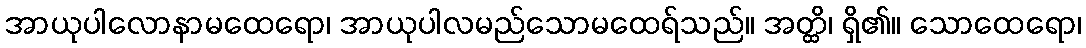
အာယုပါလောနာမထေရော၊ အာယုပါလမည်သောမထေရ်သည်။ အတ္ထိ၊ ရှိ၏။ သောထေရော၊